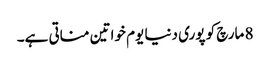
8 مارچ کو پوری دنیا یوم خواتین مناتی ہے۔